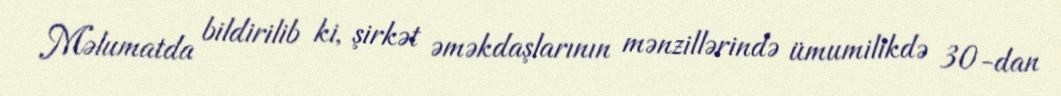
Məlumatda bildirilib ki, şirkət əməkdaşlarının mənzillərində ümumilikdə 30-dan